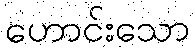
ဟောင်းသော